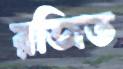
রজিত